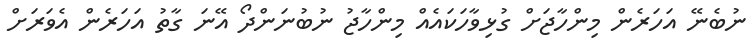
ނުބެނޭ އަހަރެން މިންހާޖަށް ގުޅިވާހަކައެއް މިންހާޖު ނުބުނަންދޯ އޭނަ ގާތު އަހަރެން އެވަރަށް